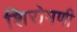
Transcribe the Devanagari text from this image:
शिरोमणी